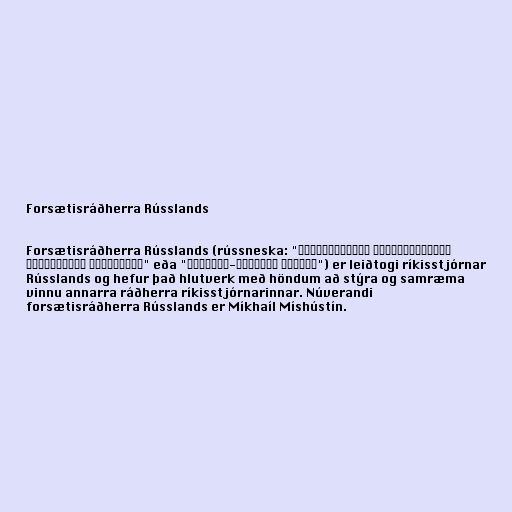
Forsætisráðherra Rússlands

Forsætisráðherra Rússlands (rússneska: "Председатель Правительства
Российской Федерации" eða "Премьер-министр России") er leiðtogi ríkisstjórnar
Rússlands og hefur það hlutverk með höndum að stýra og samræma
vinnu annarra ráðherra ríkisstjórnarinnar. Núverandi
forsætisráðherra Rússlands er Míkhaíl Míshústín.